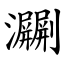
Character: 㶜